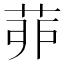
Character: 𦯆